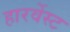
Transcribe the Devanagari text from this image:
हारर्वेस्ट